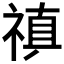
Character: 𥛄